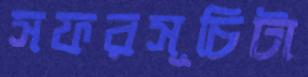
সফরসূচিটা